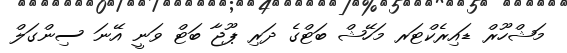
މަޝްހޫރް ޑައިރެކްޓަރ މަހޭޝް ބަޓްގެ ދަރި ޕޫޖާ ބަޓް ވަނީ އޭނަ ސިންގަލް